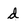
Character: d